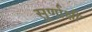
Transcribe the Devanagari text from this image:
सुर्णाक्षी